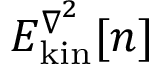
E _ { \mathrm { k i n } } ^ { \boldsymbol { \nabla } ^ { 2 } } [ n ]